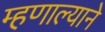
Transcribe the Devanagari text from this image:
म्हणाल्याने